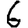
Digit: 6